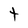
Character: t